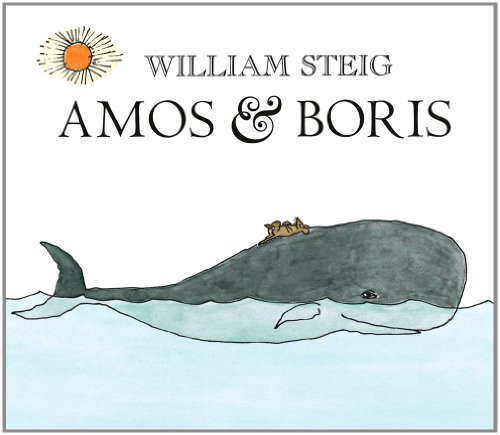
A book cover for Amos & Boris; William Steig; Children's Books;